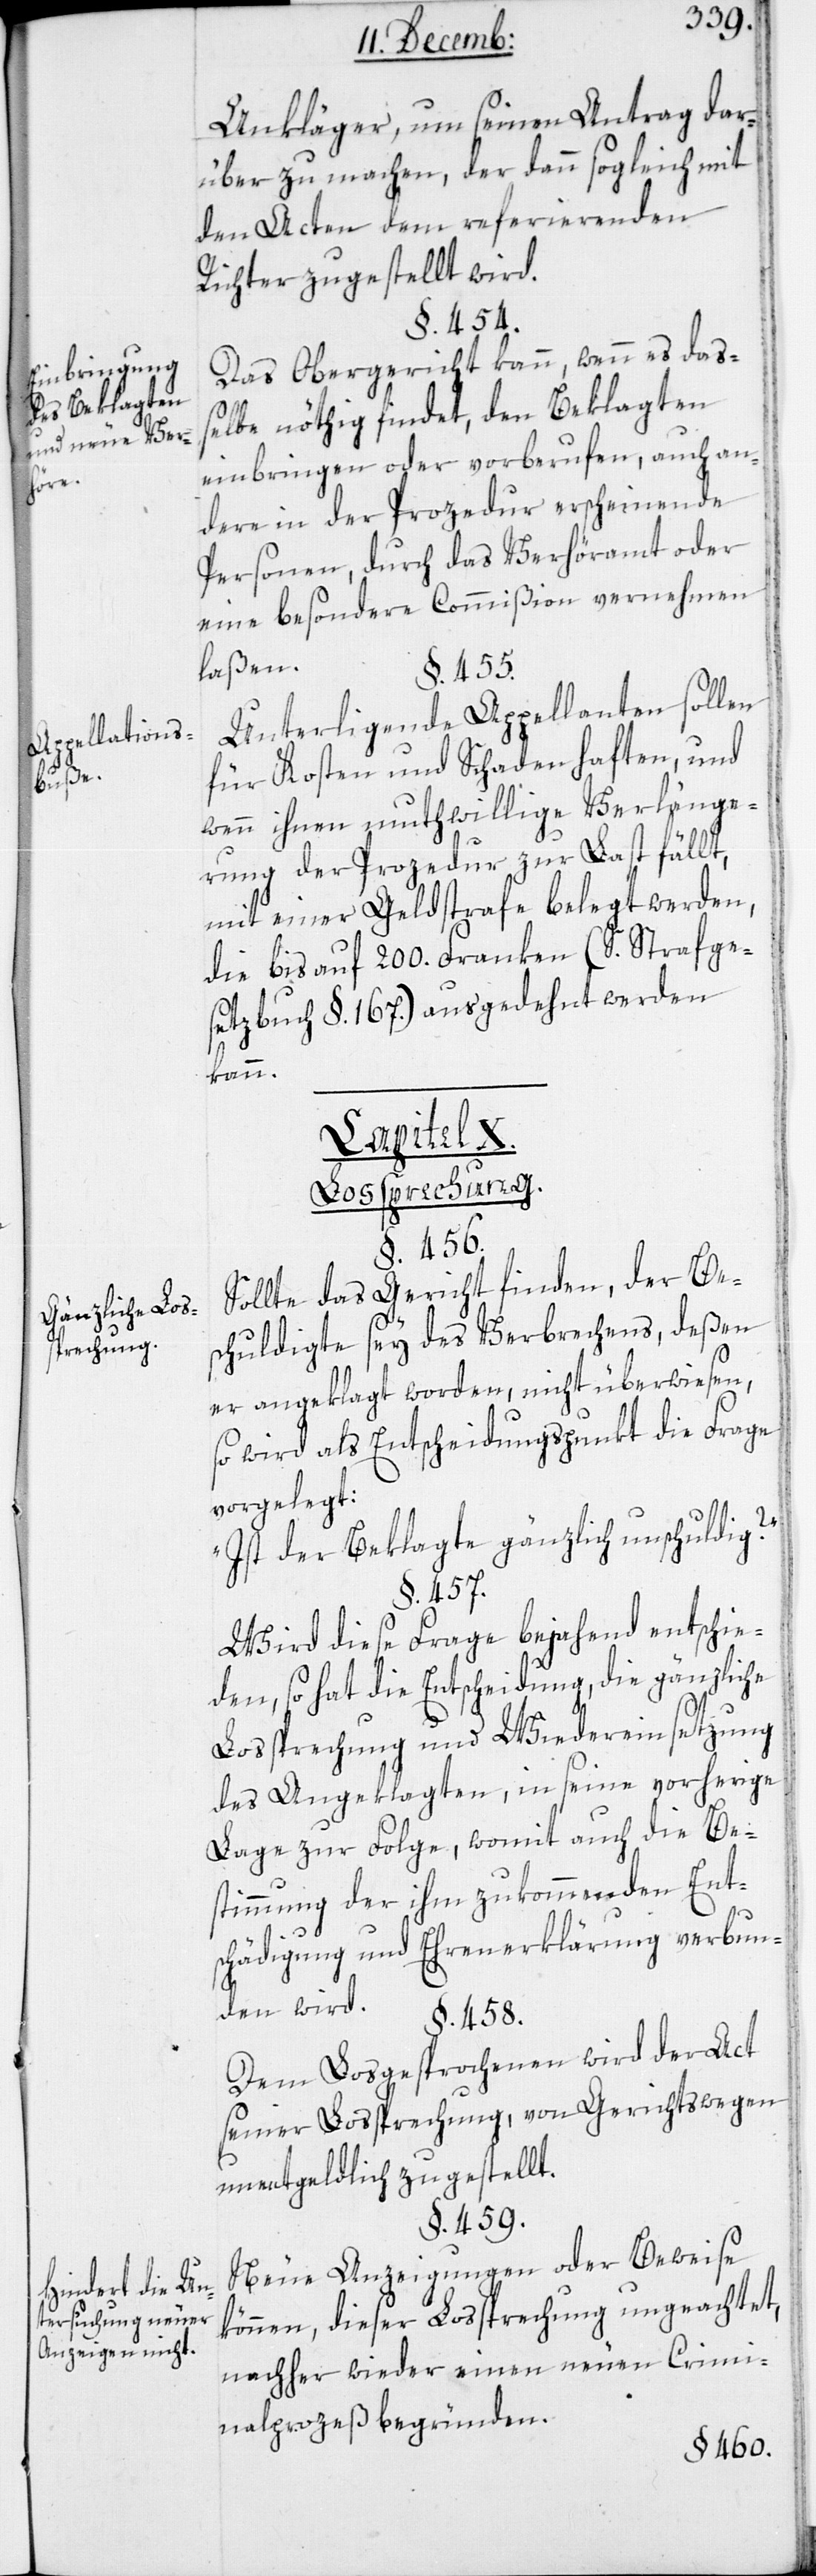
Einbringung
des Beklagten
und neue Ver¬
höre.
Appellations¬
buße.
Gänzliche Los¬
sprechung.
Hindert die Un¬
tersuchung neuer
Anzeigen nicht.

Ankläger, um seinen Antrag dar¬
über zu machen, der dann sogleich mit
den Acten dem referierenden
Richter zugestellt wird.
§. 454.
Das Obergericht kann, wenn es daß¬
elbe nöthig findet, den Beklagten
einbringen oder vorberufen, auch an¬
dere in der Prozedur erscheinende
Personen, durch das Verhöramt oder
eine besondere Commißion vernehmen
laßen.
§. 455.
Unterliegende Appellanten sollen
für Kosten und Schaden haften, und
wenn ihnen muthwillige Verlänge¬
rung der Prozedur zur Last fällt,
mit einer Geldstrafe belegt werden,
die bis auf 200. Franken (S. Strafge¬
setzbuch §. 167.) ausgedehnt werden
kann.
Capitel X.
Lossprechung.
§. 456.
Sollte das Gericht finden, der Be¬
schuldigte sey des Verbrechens, deßen
er angeklagt worden, nicht überwiesen,
so wird als Entscheidungspunkt die Frage
vorgelegt:
„Ist der Beklagte gänzlich unschuldig?“
§. 457.
Wird diese Frage bejahend entschie¬
den, so hat die Entscheidung, die gänzliche
Lossprechung und Wiedereinsetzung
des Angeklagten in seine vorherige
Lage zur Folge, womit auch die Be¬
stimmung der ihm zukommenden Ent¬
schädigung und Ehrenerklärung verbun¬
den wird.
§. 458.
Dem Losgesprochenen wird der Act
seiner Lossprechung von Gerichts wegen
unentgeldlich zugestellt.
§. 459.
Neue Anzeigungen oder Beweise
können, dieser Lossprechung ungeachtet,
nachher wieder einen neuen Crimi¬
nalprozeß begründen.